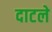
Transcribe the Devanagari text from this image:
दाटले